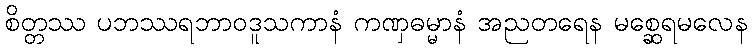
စိတ္တဿ ပဘဿရဘာဝဒူသကာနံ ကဏှဓမ္မာနံ အညတရေန မစ္ဆေရမလေန